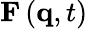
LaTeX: \mathbf{F}\left(\mathbf{q},t\right)